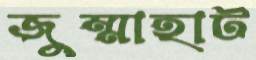
জুম্মাহাট